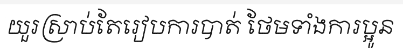
យួរស្រាប់តែរៀបការបាត់ ថែមទាំងការប្អូន